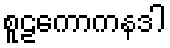
စူဠကောကနဒါ